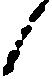
候